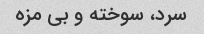
سرد، سوخته و بی مزه